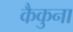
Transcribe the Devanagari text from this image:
कैकुना